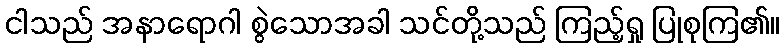
ငါသည် အနာရောဂါ စွဲသောအခါ သင်တို့သည် ကြည့်ရှု ပြုစုကြ၏။